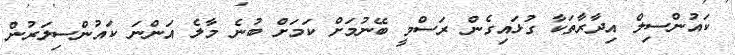
ކައުންސިލް އިދާރާތަކާ ގުޅައިގެން ރަސްމީ ބޭނުމަށް ކަމަށް ބުނެ މާލެ އަންނަ ކައުންސިލަރުން